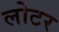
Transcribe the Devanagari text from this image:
लोटर